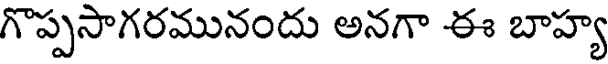
గొప్పసాగరమునందు అనగా ఈ బాహ్య